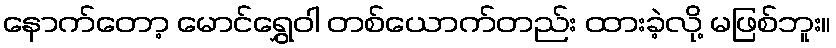
နောက်တော့ မောင်ရွှေဝါ တစ်ယောက်တည်း ထားခဲ့လို့ မဖြစ်ဘူး။